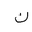
Letter: _non